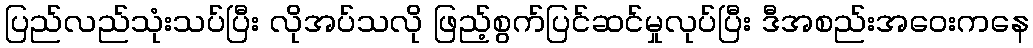
ပြည်လည်သုံးသပ်ပြီး လိုအပ်သလို ဖြည့်စွက်ပြင်ဆင်မှုလုပ်ပြီး ဒီအစည်းအဝေးကနေ